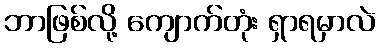
ဘာဖြစ်လို့ ကျောက်တုံး ရှာရမှာလဲ